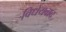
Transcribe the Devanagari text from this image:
विधेयवाद